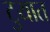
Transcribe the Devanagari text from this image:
टुयात